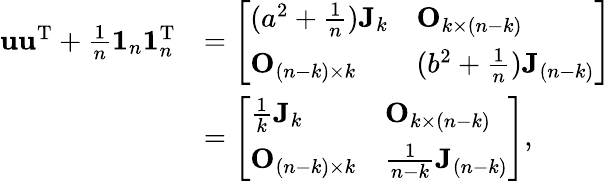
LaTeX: \begin{array}{rl}{\mathbf u\mathbf u^{\mathrm T}+\frac 1n\mathbf 1_{n}\mathbf 1_{n}^{\mathrm T}}&{=\left[\begin{array}{ll}{(a^{2}+\frac 1n)\mathbf J_{k}}&{\mathbf O_{k\times(n-k)}}\\ {\mathbf O_{(n-k)\times k}}&{(b^{2}+\frac 1n)\mathbf J_{(n-k)}}\end{array}\right]}\\ &{=\left[\begin{array}{ll}{\frac 1k\mathbf J_{k}}&{\mathbf O_{k\times(n-k)}}\\ {\mathbf O_{(n-k)\times k}}&{\frac{1}{n-k}\mathbf J_{(n-k)}}\end{array}\right],}\end{array}